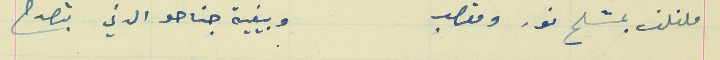
ملفلف بمشلح نور ومقصب                                       وبيفية جناحو الدني بتصدح